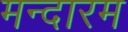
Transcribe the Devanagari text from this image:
मन्दारम